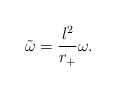
\begin{align*}{\tilde{\omega}}=\displaystyle\frac{l^{2}}{r_{+}}\omega . \end{align*}